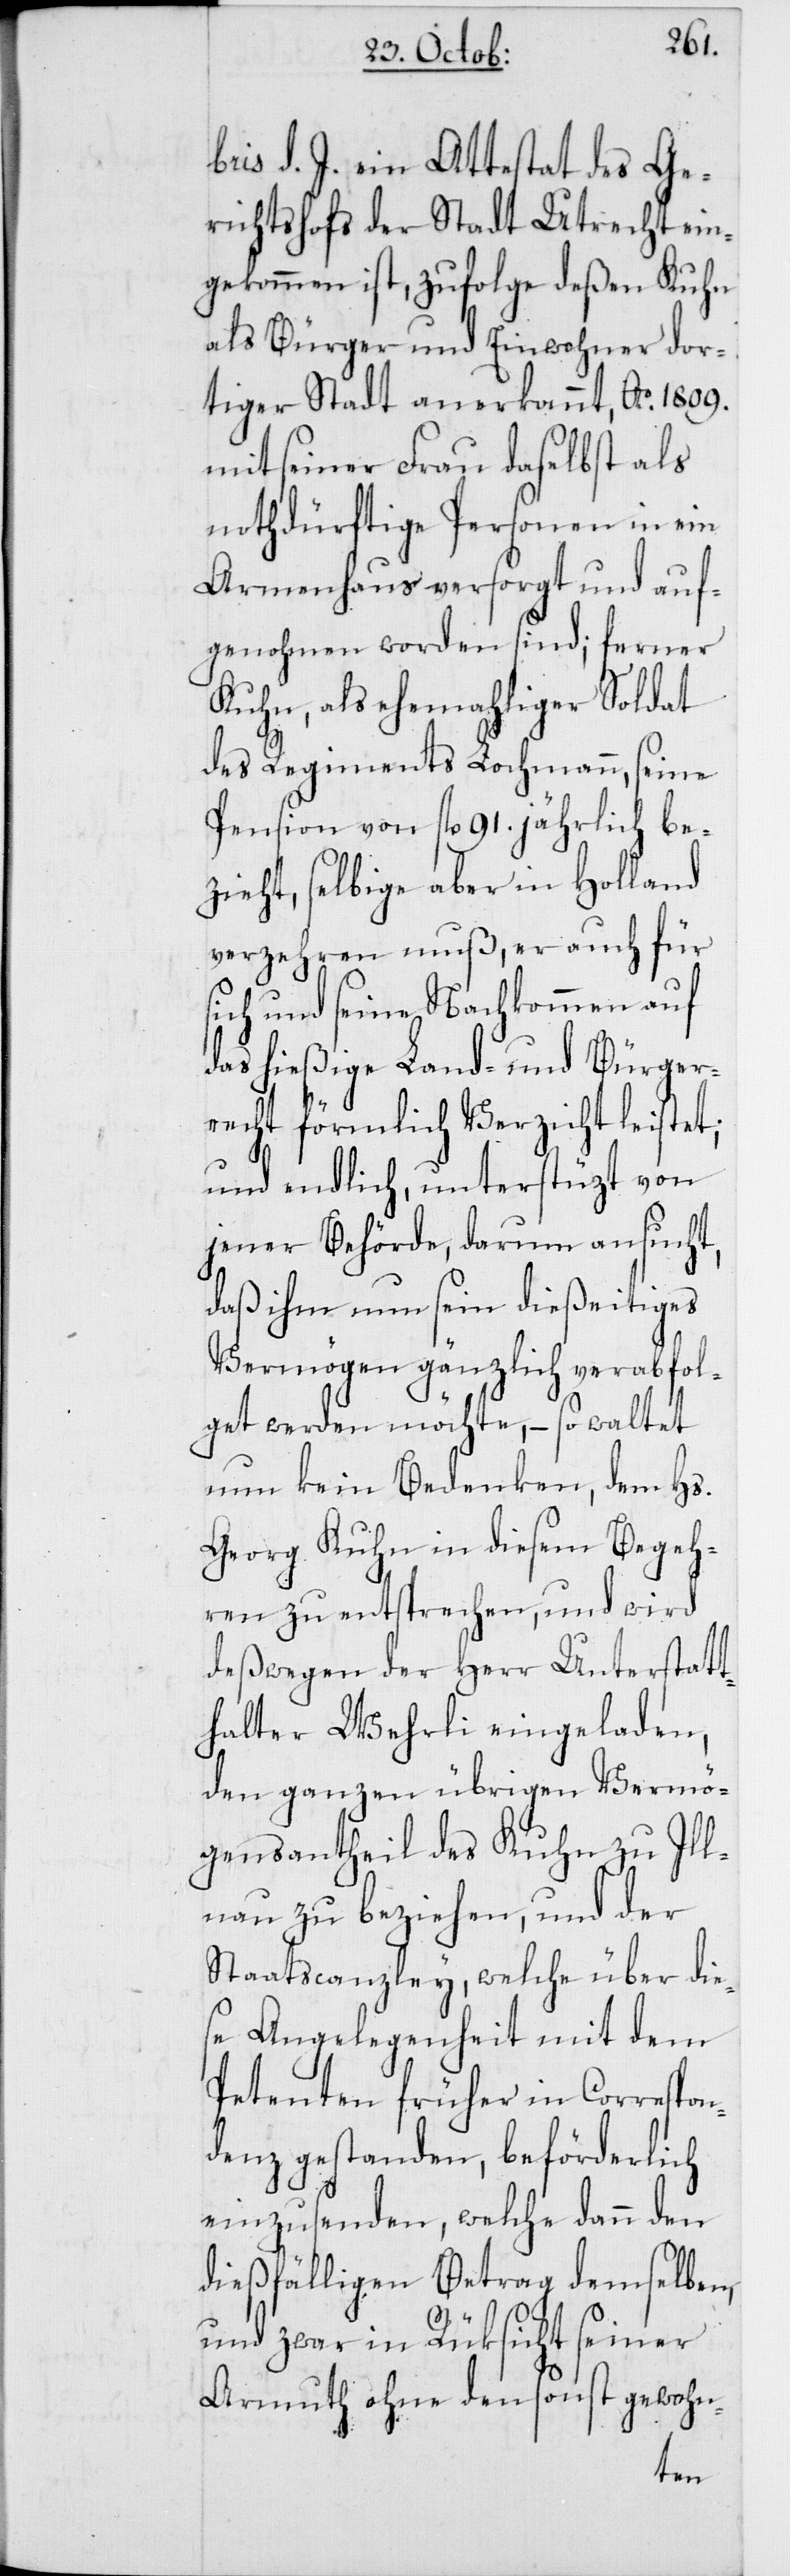
s¬
bris d. J. ein Attestat des Ge¬
richtshofs der Stadt Utrecht ein¬
gekommen ist, zufolge deßen Kuhn
als Bürger und Einwohner dor¬
tiger Stadt anerkannt, Ao 1809.
mit seiner Frau daselbst als
notdürftige Personen in ein
Armenhaus versorgt und auf¬
genohmen worden sind; ferner
Kuhn, als ehemahliger Soldat
des Regiments Lochmann, seine
Pension von fl. 91. jährlich be¬
zieht, selbige aber in Holland
verzehren muß, er auch für
ich und seine Nachkommen auf
das hießige Land- und Bürger¬
recht förmlich Verzicht leistet;
und endlich, unterstützt von
jener Behörde, darum ansucht,
daß ihm nun sein dießeitiges
Vermögen gänzlich verabfol¬
get werden möchte, – so waltet
nun kein Bedenken, dem Hs.
Georg Kuhn in diesem Begeh¬
ren zu entsprechen, und wird
deßwegen der Herr Unterstatt¬
halter Wehrli eingeladen,
den ganzen übrigen Vermö¬
gensantheil des Kuhn zu Ill¬
nau zu beziehen, und der
Staatscanzley, welche über die¬
se Angelegenheit mit dem
Petenten früher in Correspon¬
denz gestanden, beförderlich
einzusenden, welche dann den
dießfälligen Betrag demselben,
und zwar in Rüksicht seiner
sonst gewohn-
Armuth ohne